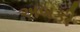
અબકી